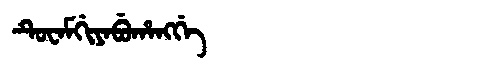
Manchu: ᡨᡠᠸᠠᠮᡤᡳᠶᠠᠪᡠᡥᠠᠩᡤᡝ
Romanization: TUWAMGIYABUHANGGE